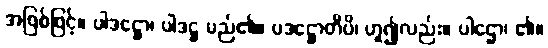
အဖြစ်ဖြင့်။ ပါဒဋ္ဌော၊ ပါဒဋ္ဌ မည်၏။ ပဒဋ္ဌောတိပိ၊ ဟူ၍လည်း။ ပါဌော၊ ၏။